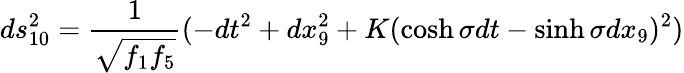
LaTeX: ds_{10}^{2}=\frac{1}{\sqrt{f_{1}f_{5}}}(-dt^{2}+dx_{9}^{2}+K(\cosh\sigma dt-\sinh\sigma dx_{9})^{2})